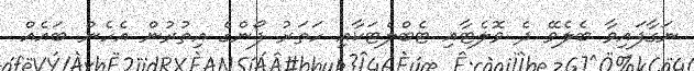
ނަގާފައިވާ ބެލެވޭ ދެ ވޮލެޓާއި ޓެބްލެޓަކާއި ހަތަރު ފޯންގެ އިތުރުން އެހެން ބައެއް